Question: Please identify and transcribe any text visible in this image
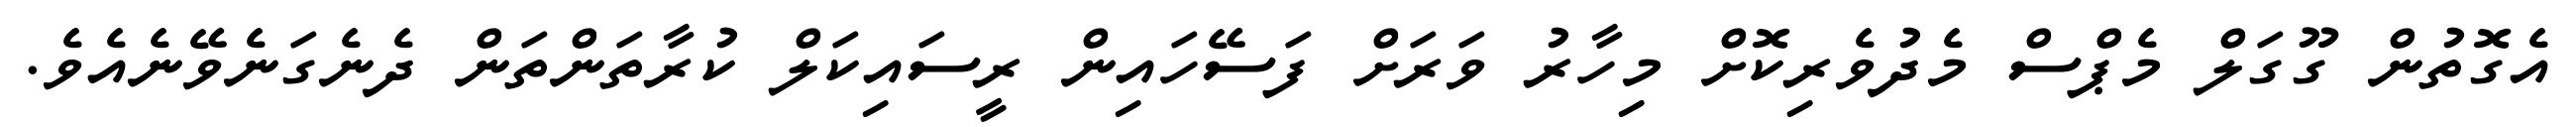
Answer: އެގޮތުން ގޫގަލް މެޕްސް މެދުވެރިކޮށް މިހާރު ވަރަށް ފަސޭހައިން ރީސައިކަލް ކުރާތަންތަން ދެނެގަނެވޭނެއެވެ.